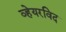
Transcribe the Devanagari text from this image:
व्हेयरविद